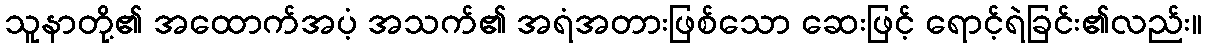
သူနာတို့၏ အထောက်အပံ့ အသက်၏ အရံအတားဖြစ်သော ဆေးဖြင့် ရောင့်ရဲခြင်း၏လည်း။